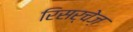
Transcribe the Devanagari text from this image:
रिसर्चेज़